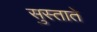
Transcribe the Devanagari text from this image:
सुस्ताते